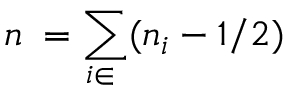
n _ { \hexagon } = \sum _ { i \in \hexagon } ( n _ { i } - 1 / 2 )